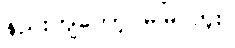
နည်းကျတော့ မမြင်ဘူး။